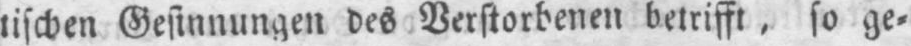
tischen Gesinnungen des Verstorbenen betrifft, so ge⸗